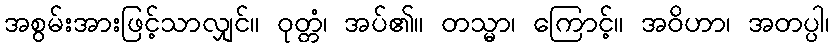
အစွမ်းအားဖြင့်သာလျှင်။ ဝုတ္တံ၊ အပ်၏။ တသ္မာ၊ ကြောင့်။ အဝိဟာ၊ အတပ္ပါ၊